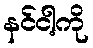
နင်ငါ့ကို